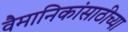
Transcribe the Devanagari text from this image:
वैमानिकांसाठीच्या